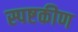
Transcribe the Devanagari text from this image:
स्पष्टकीण